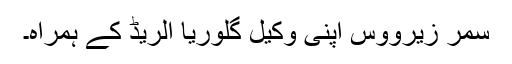
سمر زیرووس اپنی وکیل گلوریا الریڈ کے ہمراہ۔